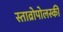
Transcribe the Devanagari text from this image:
स्ताव्रोपोलस्की